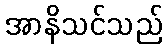
အာနိသင်သည်